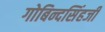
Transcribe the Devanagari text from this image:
गोबिन्दसिंहजी